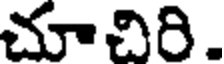
చూచిరి.